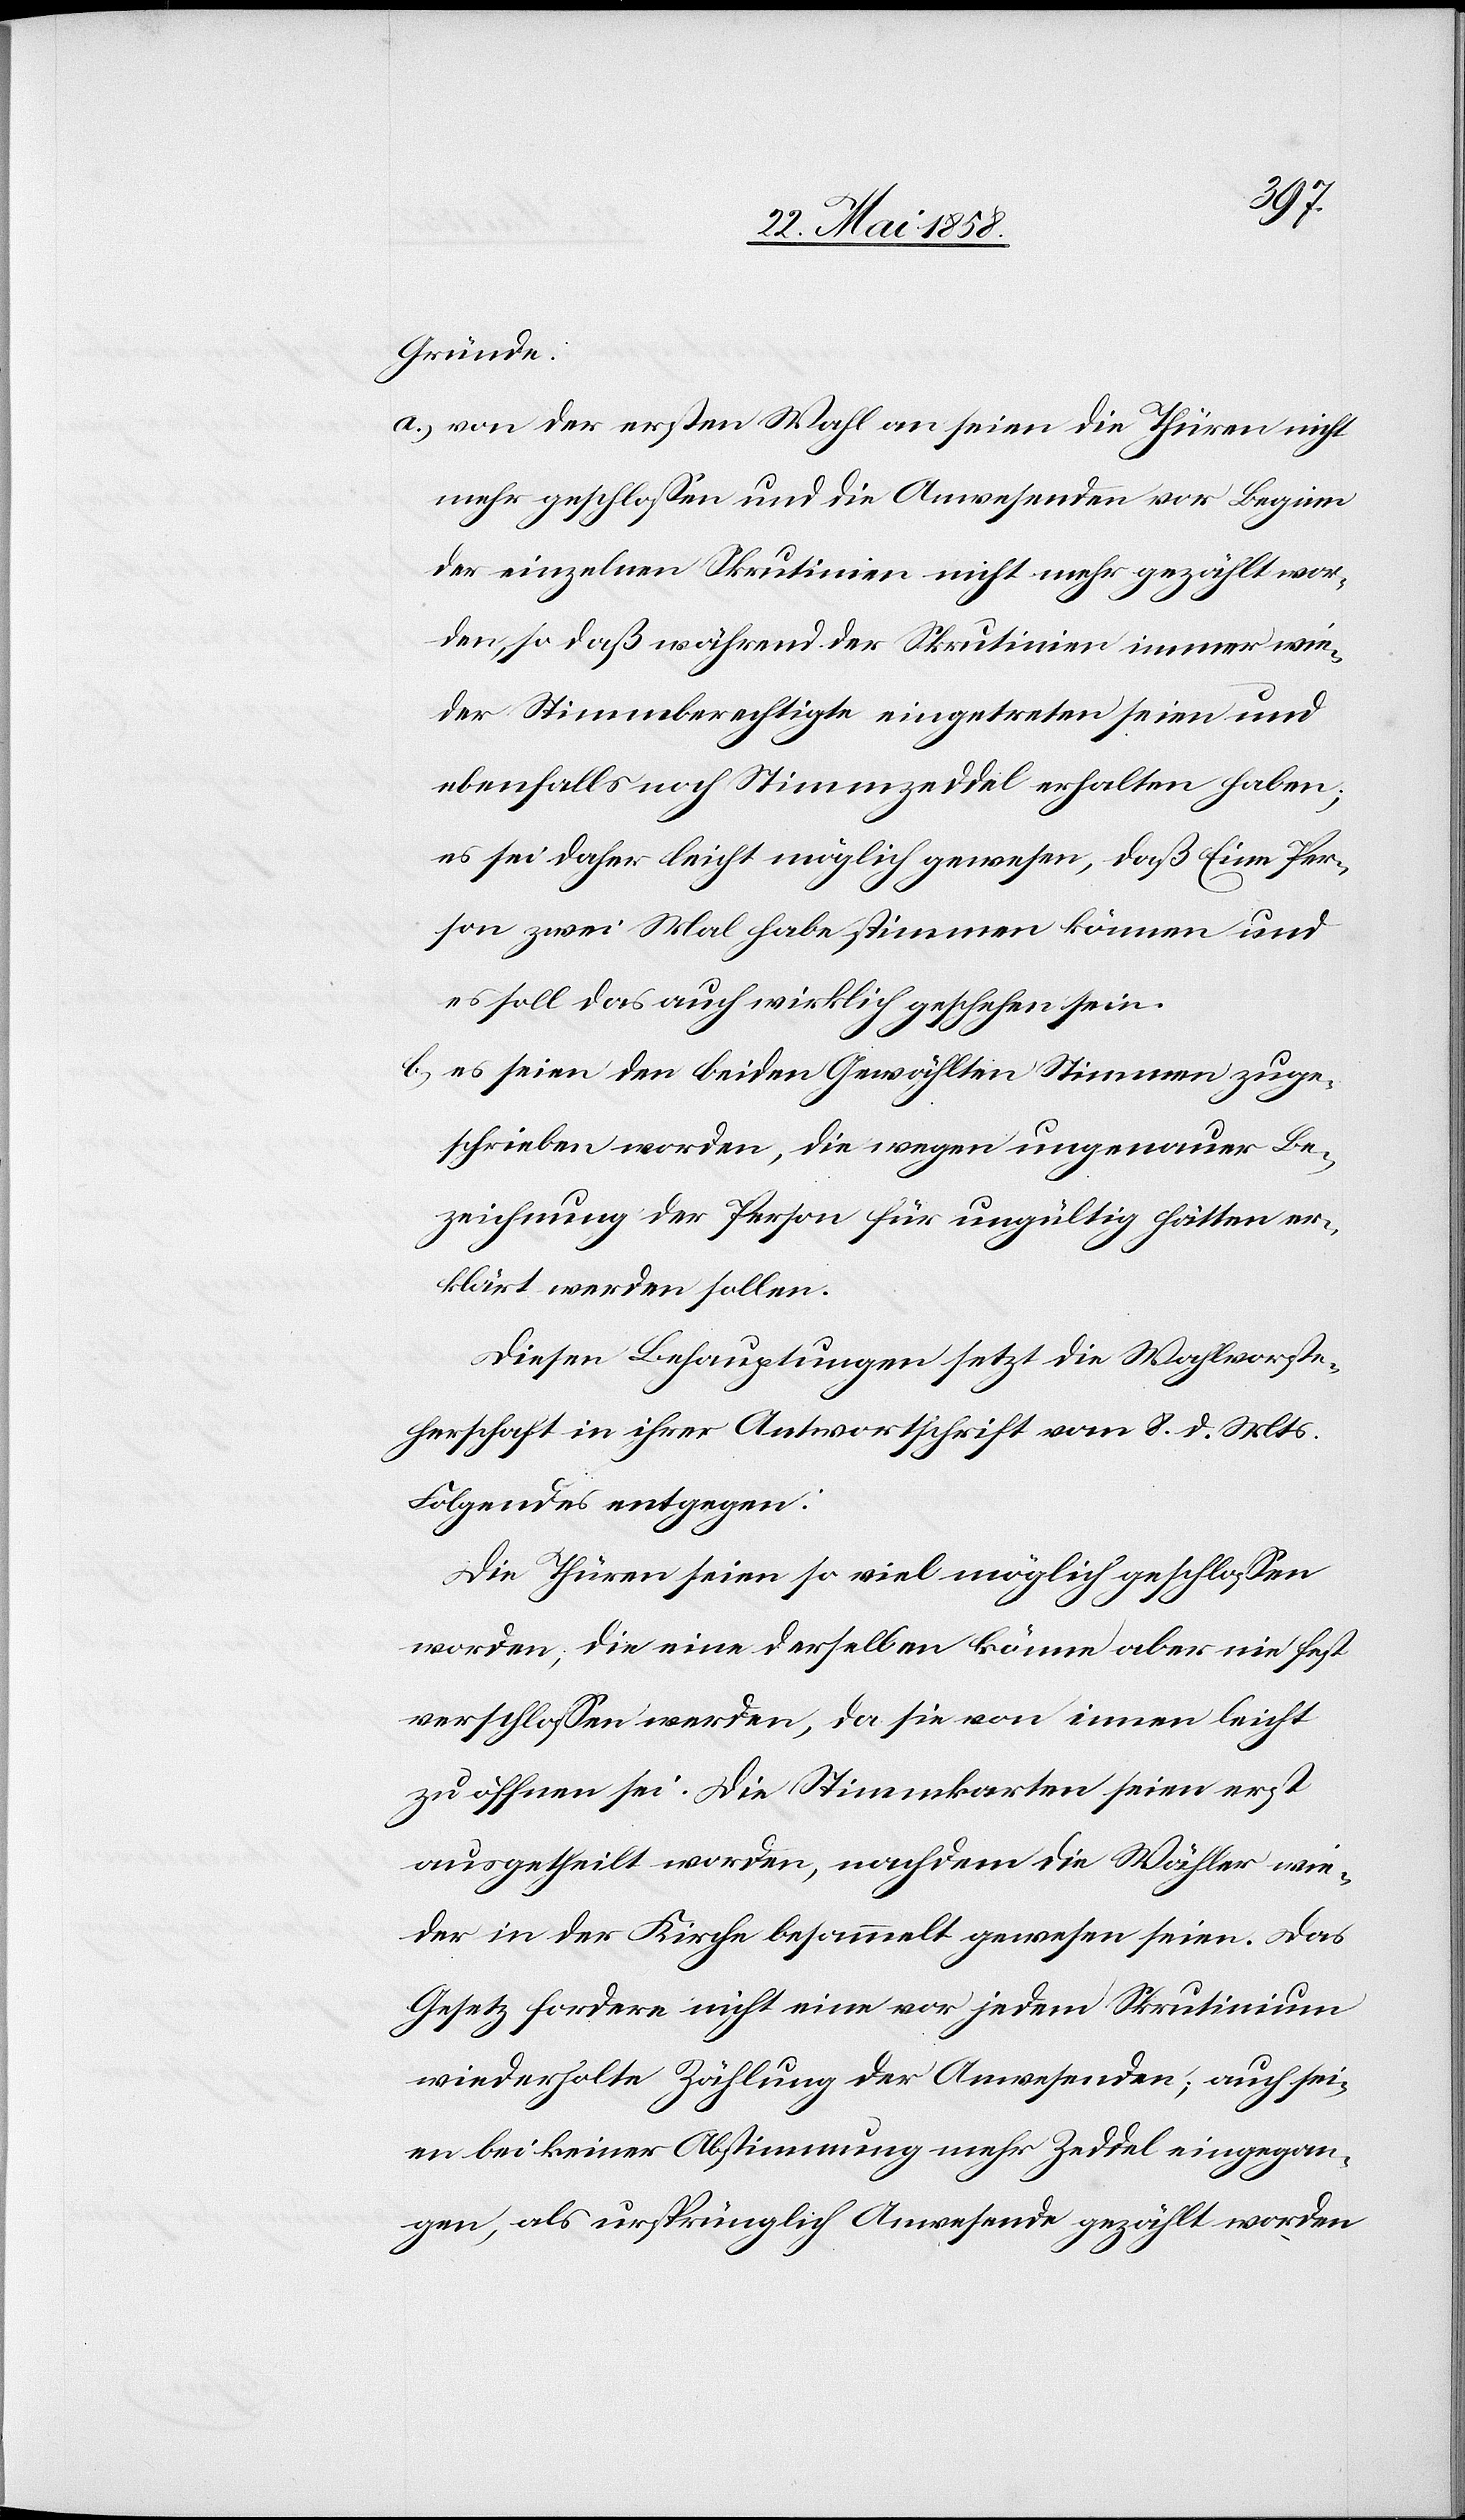
Gründe:
a) von der ersten Wahl an seien die Thüren nicht
mehr geschlossen und die Anwesenden vor Beginn
der einzelnen Skrutinien nicht mehr gezählt wor¬
den, so daß während der Skrutinien immer wie¬
der Stimmberechtigte eingetreten seien und
ebenfalls noch Stimmzeddel erhalten haben;
es sei daher leicht möglich gewesen, daß Eine Per¬
son zwei Mal habe stimmen können und
es soll das auch wirklich geschehen sein.
b) es seien den beiden Gewählten Stimmen zuge¬
schrieben worden, die wegen ungenauer Be¬
zeichnung der Person für ungültig hätten er¬
klärt werden sollen.
Diesen Behauptungen setzt die Wahlvorste¬
herschaft in ihrer Antwortschrift vom 8. d. Mts.
Folgendes entgegen:
Die Thüren seien so viel möglich geschlossen
worden, die eine derselben könne aber nie fest
verschlossen werden, da sie von innen leicht
zu öffnen sei. Die Stimmkarten seien erst
ausgetheilt worden, nachdem die Wähler wie¬
der in der Kirche gesammelt gewesen seien. Das
Gesetz fordere nicht eine vor jedem Skrutinium
wiederholte Zählung der Anwesenden; auch sei¬
en bei keiner Abstimmung mehr Zeddel eingegan¬
gen, als ursprünglich Anwesende gezählt worden